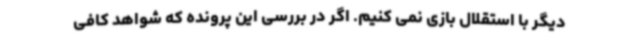
دیگر با استقلال بازی نمی کنیم. اگر در بررسی این پرونده که شواهد کافی